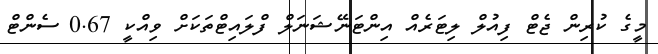
މީގެ ކުރިން ޖެޓް ފިއުލް ލިޓަރެއް އިންޓަނޭޝަނަލް ފްލައިޓްތަކަށް ވިއްކީ 0.67 ސެންޓް